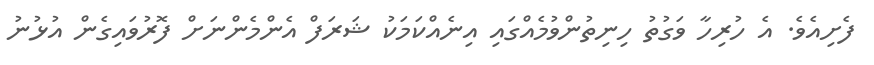
ފެށިއެވެ. އެ ހުރިހާ ވަގުތު ހިނިތުންވުމެއްގައި އިނެއްކަމަކު ޝަރަފް އެންމެންނަށް ފޮރުވައިގެން އުޅުނު